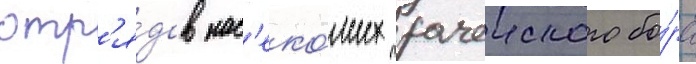
отр'я́дов нас'еко́мых рачеиского бо́ра